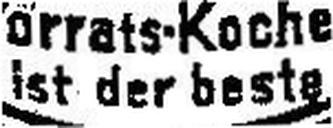
ist der beste